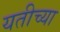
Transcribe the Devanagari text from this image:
यतीच्या